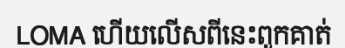
LOMA ហើយលើសពីនេះពួកគាត់